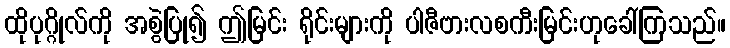
ထိုပုဂ္ဂိုလ်ကို အစွဲပြု၍ ဤမြင်း ရိုင်းများကို ပါဇီဗားလစကီးမြင်းဟုခေါ်ကြသည်။